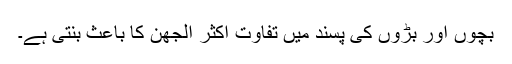
بچوں اور بڑوں کی پسند میں تفاوت اکثر اُلجھن کا باعث بنتی ہے۔